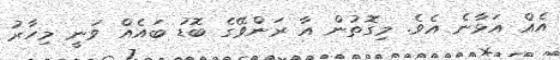
އެއް އަޅާނެ އެވެ. މިގޮތުން އާ ރަންވޭގެ ބޮޑު ބައެއް ވަނީ މިހާރު